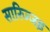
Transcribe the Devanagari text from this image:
सारिज्जइ